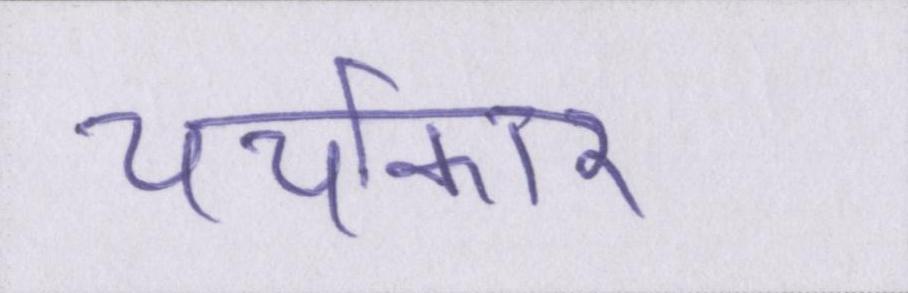
चर्चाकार